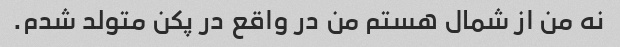
نه من از شمال هستم من در واقع در پکن متولد شدم.